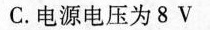
C.电源电压为8V